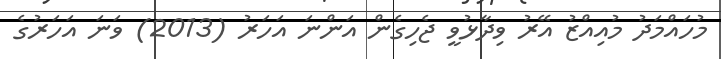
މުހައްމަދު މުއިއްޒު އޭރު ވިދާޅުވީ ޖެހިގެން އަންނަ އަހަރު (2013) ވަނަ އަހަރުގެ